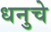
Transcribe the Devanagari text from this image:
धनुचे